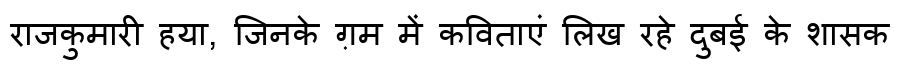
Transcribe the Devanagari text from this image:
राजकुमारी हया, जिनके ग़म में कविताएं लिख रहे दुबई के शासक